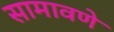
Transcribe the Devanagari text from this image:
सामावणे